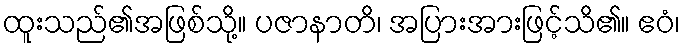
ထူးသည်၏အဖြစ်သို့။ ပဇာနာတိ၊ အပြားအားဖြင့်သိ၏။ ဧဝံ၊